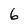
Character: 6